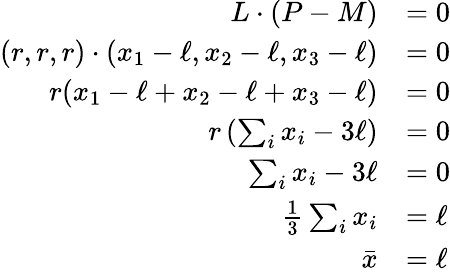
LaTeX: {\begin{array}{rl}{L\cdot(P-M)}&{=0}\\ {(r,r,r)\cdot(x_{1}-\ell,x_{2}-\ell,x_{3}-\ell)}&{=0}\\ {r(x_{1}-\ell+x_{2}-\ell+x_{3}-\ell)}&{=0}\\ {r\left(\sum_{i}x_{i}-3\ell\right)}&{=0}\\ {\sum_{i}x_{i}-3\ell}&{=0}\\ {{\frac{1}{3}}\sum_{i}x_{i}}&{=\ell}\\ {{\bar{x}}}&{=\ell}\end{array}}